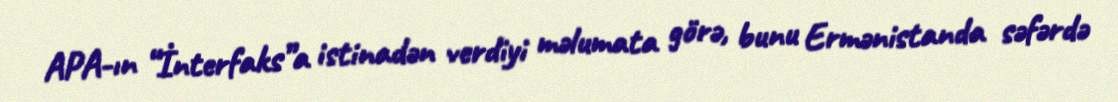
APA-ın “İnterfaks”a istinadən verdiyi məlumata görə, bunu Ermənistanda səfərdə